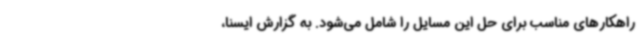
راهکارهای مناسب برای حل این مسایل را شامل می‌شود. به گزارش ایسنا،